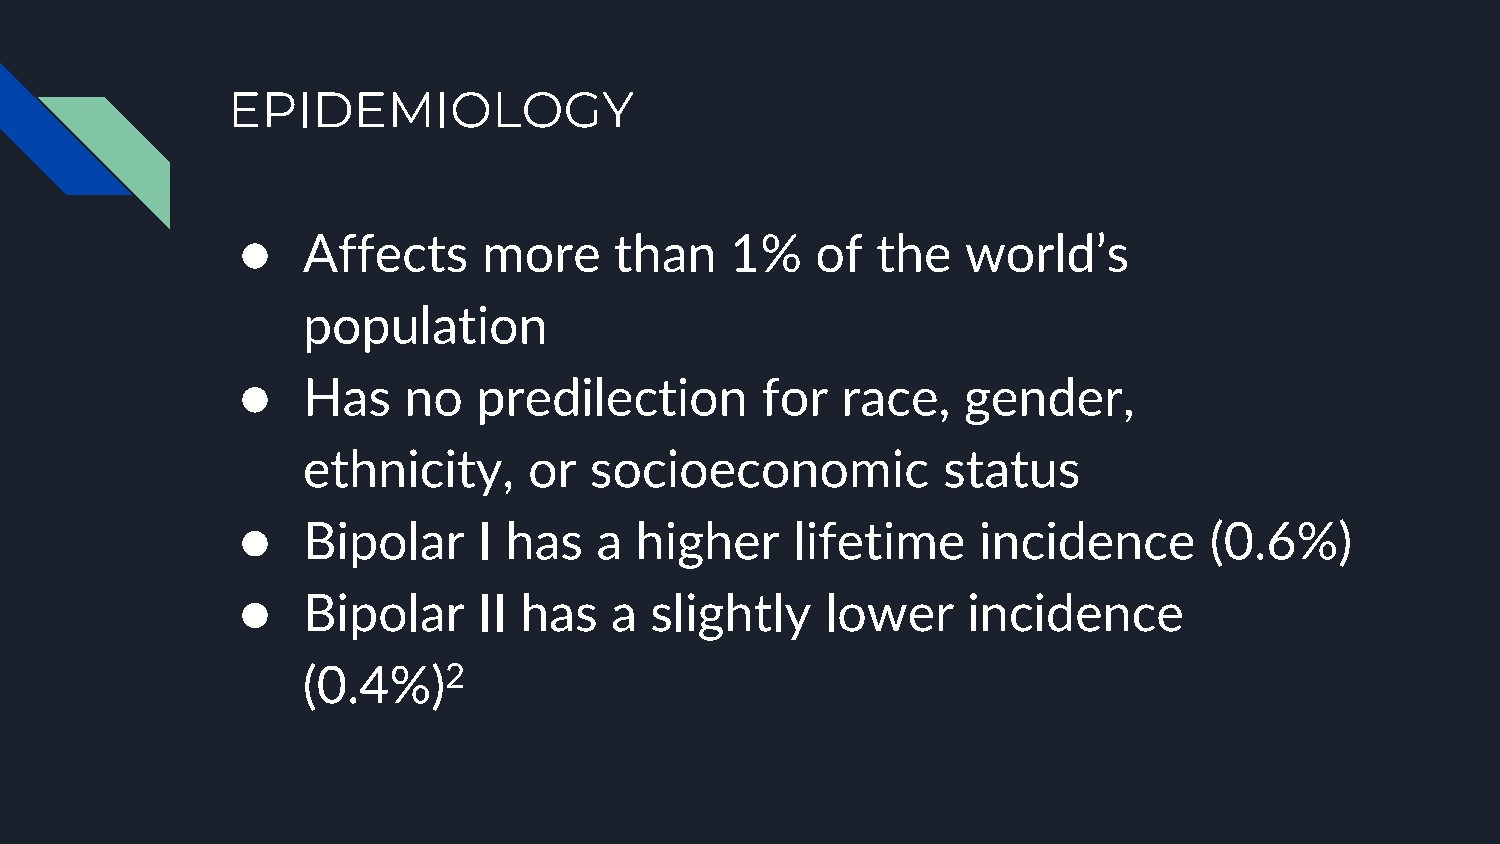
EPIDEMIOLOGY
 ●   Affects     more     than   1%    of  the   world’s
 population
 ●   Has    no   predilection      for   race,   gender,
 ethnicity,     or  socioeconomic          status
 ●   Bipolar     I has  a  higher     lifetime    incidence      (0.6%)
 ●   Bipolar     II has  a  slightly    lower    incidence
 (0.4%)2